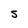
Character: S